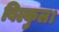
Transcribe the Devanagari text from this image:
बिल्कुल।